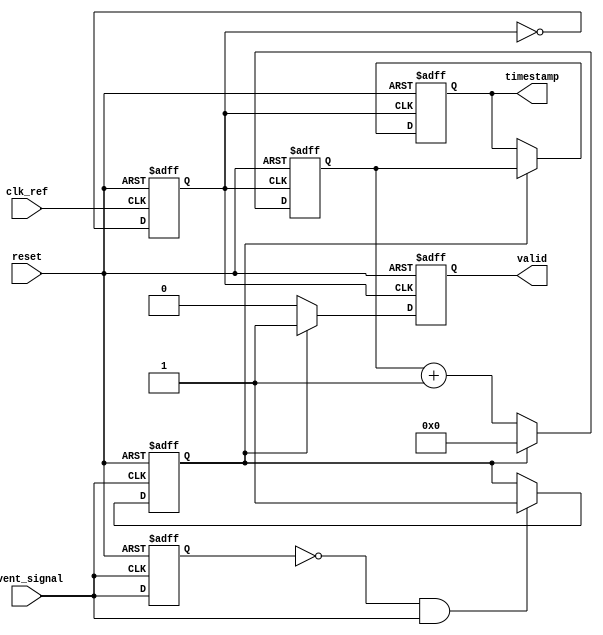
module TDC (
    input wire clk_ref,            // Reference clock input
    input wire event_signal,       // Input event signal to measure
    input wire reset,              // Reset signal
    output reg [15:0] timestamp,   // Timestamp output (16-bit for example)
    output reg valid               // Valid signal for timestamp output
);

    // Parameters
    parameter COUNTER_WIDTH = 16;  // Width of the counter
    parameter PLL_FREQUENCY = 100;  // PLL frequency multiplier (example)

    // Internal signals
    reg [COUNTER_WIDTH-1:0] counter; // High-frequency counter
    reg event_detected;               // Event detection flag
    reg pll_clk;                      // PLL output clock
    reg last_event;                   // Last event signal state

    // PLL Simulation (for demonstration purposes)
    always @(posedge clk_ref or posedge reset) begin
        if (reset) begin
            pll_clk <= 0;
        end else begin
            pll_clk <= ~pll_clk; // Toggle PLL output clock
        end
    end

    // Edge Detection Logic
    always @(posedge event_signal or posedge reset) begin
        if (reset) begin
            event_detected <= 0;
            last_event <= 0;
        end else begin
            if (!last_event && event_signal) begin
                event_detected <= 1; // Rising edge detected
            end
            last_event <= event_signal;
        end
    end

    // High-Frequency Counter
    always @(posedge pll_clk or posedge reset) begin
        if (reset) begin
            counter <= 0;
        end else if (event_detected) begin
            counter <= 0; // Reset counter on event detection
        end else begin
            counter <= counter + 1; // Increment counter
        end
    end

    // Timestamp Generation
    always @(posedge pll_clk or posedge reset) begin
        if (reset) begin
            timestamp <= 0;
            valid <= 0;
        end else if (event_detected) begin
            timestamp <= counter; // Latch the counter value
            valid <= 1;           // Indicate valid timestamp
        end else begin
            valid <= 0;           // Reset valid signal
        end
    end

endmodule